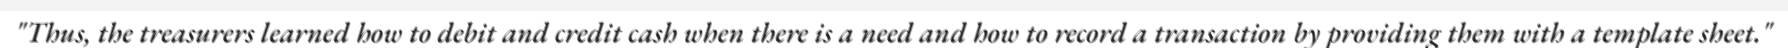
"Thus, the treasurers learned how to debit and credit cash when there is a need and how to record a transaction by providing them with a template sheet."